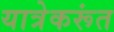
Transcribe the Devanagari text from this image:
यात्रेकरूंत